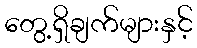
တွေ့ရှိချက်များနှင့်